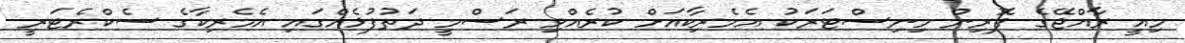
މިއީ ރާއްޖޭގެ ފޮރިން މިނިސްޓަރަކު އެމެރިކާއަށް ކުރެއްވި ރަސްމީ ދަތުފުޅެއްގައި އެމެރިކާގެ ސެކްރެޓަރީ